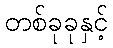
တစ်ခုခုနှင့်